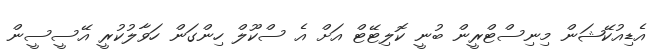
އެޑިއުކޭޝަން މިނިސްޓްރީން ބުނީ ކޮލިޓޭޓް އަށް އެ ސްކޫލް ހިންގަން ހަވާލުކުރީ އޭސީސީން